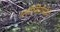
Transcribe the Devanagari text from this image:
प्लीसियोसौरों